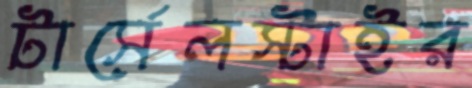
টার্সেলস্টাইর